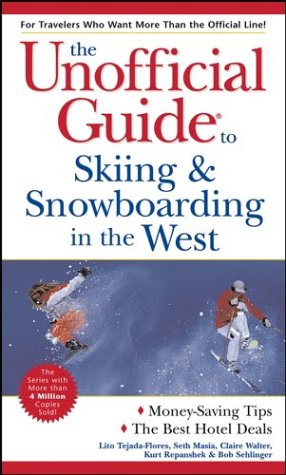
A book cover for The Unofficial Guide to Skiing & Snowboarding in the West (Unofficial Guides); Lito Tejada-Flores; Sports & Outdoors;